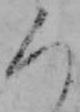
ろ